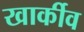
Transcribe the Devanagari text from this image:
खार्कीव